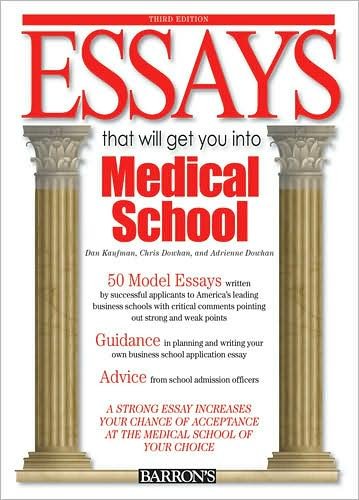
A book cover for Essays That Will Get You into Medical School (text only) 3rd (Third) edition by D. Kaufman,C. Dowhan,A. Dowhan; C. Dowhan,A. Dowhan D. Kaufman; Education & Teaching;